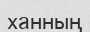
ханның